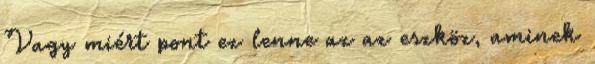
Vagy miért pont ez lenne az az eszköz, aminek